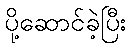
ပို့ဆောင်ခဲ့ပြီး